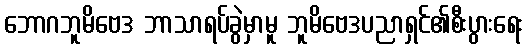
ဘောဂဘူမိဗေဒ ဘာသာရပ်ခွဲမှာမူ ဘူမိဗေဒပညာရှင်၏စီးပွားရေး